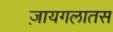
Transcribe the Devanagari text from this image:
ज़ायगलातस